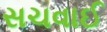
સચવાઈ